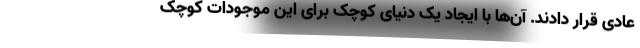
عادی قرار دادند. آن‌ها با ایجاد یک دنیای کوچک برای این موجودات کوچک